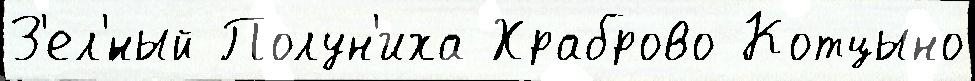
З'ел'́ный Полун'иха Храброво Котцыно